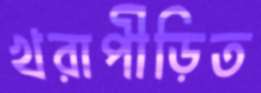
খরাপীড়িত